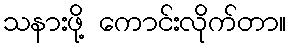
သနားဖို့ ကောင်းလိုက်တာ။